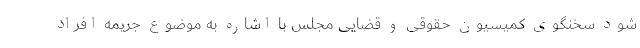
شود سخنگوی کمیسیون حقوقی و قضایی مجلس با اشاره به موضوع جریمه افراد